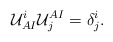
\begin{align*}{\cal U}^i_{AI} {\cal U}^{AI}_j = \delta^i_j.\end{align*}